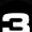
Digit: 3